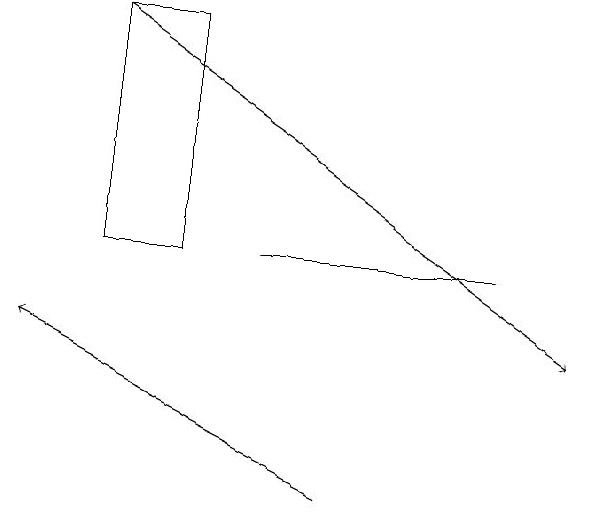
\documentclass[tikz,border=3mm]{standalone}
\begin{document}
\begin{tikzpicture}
\draw[->] (4,11) -- (0,13);
\draw (1,14) rectangle (2,17);
\draw[->] (1,17) -- (7,13);
\draw (6,14) rectangle (3,14);
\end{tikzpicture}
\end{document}